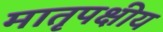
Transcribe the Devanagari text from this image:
मातृपक्षीय